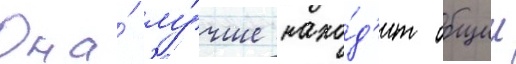
Она́ лу́чше нахо́д'ит общии